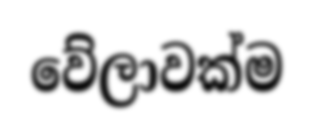
වේලාවක්ම